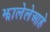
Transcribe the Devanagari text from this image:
झालेलेआहे